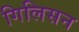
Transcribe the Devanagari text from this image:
गिलिसन